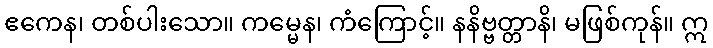
ဧကေန၊ တစ်ပါးသော။ ကမ္မေန၊ ကံကြောင့်။ နနိဗ္ဗတ္တာနိ၊ မဖြစ်ကုန်။ ဣ